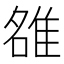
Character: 𨿅